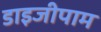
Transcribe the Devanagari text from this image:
डाइजीपाम